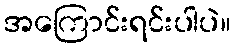
အကြောင်းရင်းပါပဲ။